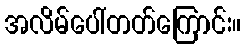
အလိမ်ပေါ်တတ်ကြောင်း။